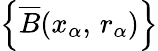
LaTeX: \textstyle\left\{ {\overline{{B}}}(x_{\alpha},\, r_{\alpha})\right\}